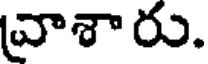
వ్రాశారు.